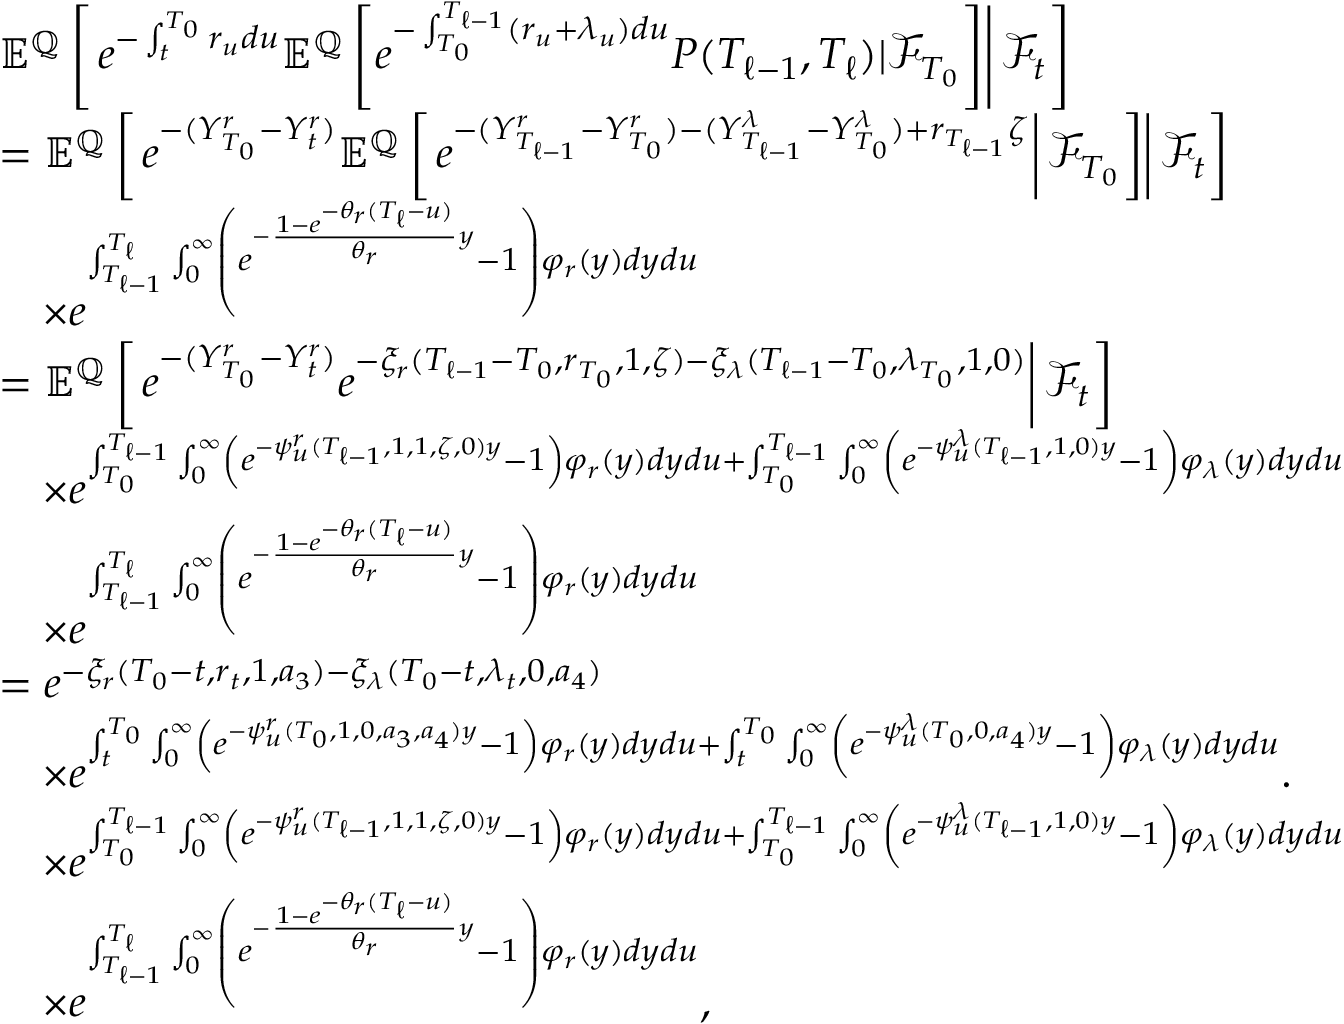
\begin{array} { r l } & { { \mathbb E } ^ { { \mathbb Q } } \left[ \left. e ^ { - \int _ { t } ^ { T _ { 0 } } r _ { u } d u } { \mathbb E } ^ { { \mathbb Q } } \left[ e ^ { - \int _ { T _ { 0 } } ^ { T _ { \ell - 1 } } ( r _ { u } + \lambda _ { u } ) d u } P ( T _ { \ell - 1 } , T _ { \ell } ) | { \mathcal F } _ { T _ { 0 } } \right] \right\rvert { \mathcal F } _ { t } \right] } \\ & { = { \mathbb E } ^ { { \mathbb Q } } \left[ \left. e ^ { - ( Y _ { T _ { 0 } } ^ { r } - Y _ { t } ^ { r } ) } { \mathbb E } ^ { \mathbb Q } \left[ \left. e ^ { - ( Y _ { T _ { \ell - 1 } } ^ { r } - Y _ { T _ { 0 } } ^ { r } ) - ( Y _ { T _ { \ell - 1 } } ^ { \lambda } - Y _ { T _ { 0 } } ^ { \lambda } ) + r _ { T _ { \ell - 1 } } \zeta } \right\rvert { \mathcal F } _ { T _ { 0 } } \right] \right\rvert { \mathcal F } _ { t } \right] } \\ & { \ \ \ \times e ^ { \int _ { T _ { \ell - 1 } } ^ { T _ { \ell } } \int _ { 0 } ^ { \infty } \left( e ^ { - \frac { 1 - e ^ { - \theta _ { r } ( T _ { \ell } - u ) } } { \theta _ { r } } y } - 1 \right) \varphi _ { r } ( y ) d y d u } } \\ & { = { \mathbb E } ^ { { \mathbb Q } } \left[ \left. e ^ { - ( Y _ { T _ { 0 } } ^ { r } - Y _ { t } ^ { r } ) } e ^ { - \xi _ { r } ( T _ { \ell - 1 } - T _ { 0 } , r _ { T _ { 0 } } , 1 , \zeta ) - \xi _ { \lambda } ( T _ { \ell - 1 } - T _ { 0 } , \lambda _ { T _ { 0 } } , 1 , 0 ) } \right\rvert { \mathcal F } _ { t } \right] } \\ & { \ \ \ \times e ^ { \int _ { T _ { 0 } } ^ { T _ { \ell - 1 } } \int _ { 0 } ^ { \infty } \left( e ^ { - \psi _ { u } ^ { r } ( T _ { \ell - 1 } , 1 , 1 , \zeta , 0 ) y } - 1 \right) \varphi _ { r } ( y ) d y d u + \int _ { T _ { 0 } } ^ { T _ { \ell - 1 } } \int _ { 0 } ^ { \infty } \left( e ^ { - \psi _ { u } ^ { \lambda } ( T _ { \ell - 1 } , 1 , 0 ) y } - 1 \right) \varphi _ { \lambda } ( y ) d y d u } } \\ & { \ \ \ \times e ^ { \int _ { T _ { \ell - 1 } } ^ { T _ { \ell } } \int _ { 0 } ^ { \infty } \left( e ^ { - \frac { 1 - e ^ { - \theta _ { r } ( T _ { \ell } - u ) } } { \theta _ { r } } y } - 1 \right) \varphi _ { r } ( y ) d y d u } } \\ & { = e ^ { - \xi _ { r } ( T _ { 0 } - t , r _ { t } , 1 , a _ { 3 } ) - \xi _ { \lambda } ( T _ { 0 } - t , \lambda _ { t } , 0 , a _ { 4 } ) } } \\ & { \ \ \ \times e ^ { \int _ { t } ^ { T _ { 0 } } \int _ { 0 } ^ { \infty } \left( e ^ { - \psi _ { u } ^ { r } ( T _ { 0 } , 1 , 0 , a _ { 3 } , a _ { 4 } ) y } - 1 \right) \varphi _ { r } ( y ) d y d u + \int _ { t } ^ { T _ { 0 } } \int _ { 0 } ^ { \infty } \left( e ^ { - \psi _ { u } ^ { \lambda } ( T _ { 0 } , 0 , a _ { 4 } ) y } - 1 \right) \varphi _ { \lambda } ( y ) d y d u } . } \\ & { \ \ \ \times e ^ { \int _ { T _ { 0 } } ^ { T _ { \ell - 1 } } \int _ { 0 } ^ { \infty } \left( e ^ { - \psi _ { u } ^ { r } ( T _ { \ell - 1 } , 1 , 1 , \zeta , 0 ) y } - 1 \right) \varphi _ { r } ( y ) d y d u + \int _ { T _ { 0 } } ^ { T _ { \ell - 1 } } \int _ { 0 } ^ { \infty } \left( e ^ { - \psi _ { u } ^ { \lambda } ( T _ { \ell - 1 } , 1 , 0 ) y } - 1 \right) \varphi _ { \lambda } ( y ) d y d u } } \\ & { \ \ \ \times e ^ { \int _ { T _ { \ell - 1 } } ^ { T _ { \ell } } \int _ { 0 } ^ { \infty } \left( e ^ { - \frac { 1 - e ^ { - \theta _ { r } ( T _ { \ell } - u ) } } { \theta _ { r } } y } - 1 \right) \varphi _ { r } ( y ) d y d u } , } \end{array}